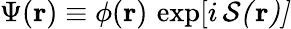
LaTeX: \Psi(\mathbf{r})\equiv\phi(\mathbf{r})\, \exp[i\, \cal{S}(\mathbf{r})]